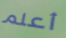
أعلم